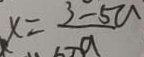
x = \frac { 3 - 5 u } { - a }